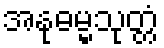
အနုဓမ္မသုတ္တံ